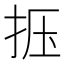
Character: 𰓗